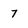
Character: 7